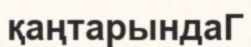
қаңтарындаГ